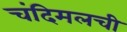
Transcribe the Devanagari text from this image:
चंदिमलची